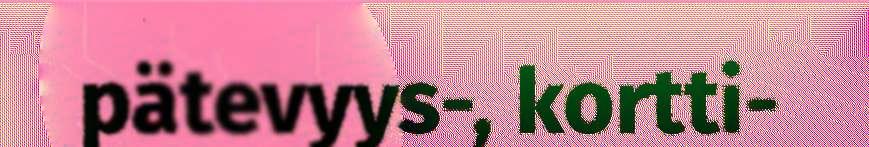
pätevyys-, kortti-